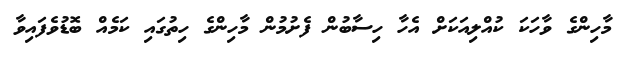
މާހިންގެ ވާހަކަ ކުއްލިއަކަށް އެހާ ހިސާބުން ފެށުމުން މާހިންގެ ހިތުގައި ކަމެއް ބޮޑުވެފައިވާ